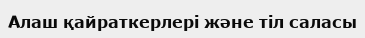
Алаш қайраткерлері және тіл саласы